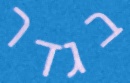
בגדר